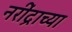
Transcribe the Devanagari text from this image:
नरींद्राच्या